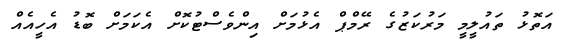
އަތޮޅު ތައުލީމީ މަރުކަޒުގެ ރޭމްޕް އެޅުމަށް އިންވެސްޓުކޮށް އެކަމަށް ބޮޑު އެހީއެއް